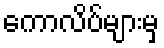
ကောလိပ်များမှ